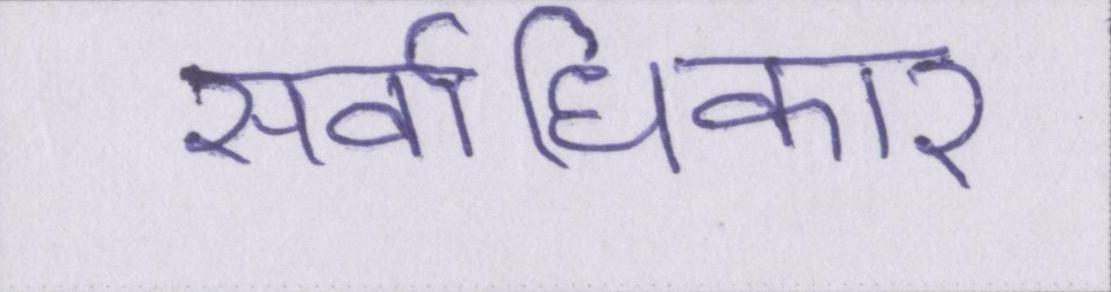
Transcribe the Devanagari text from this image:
सर्वाधिकार